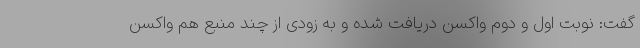
گفت: نوبت اول و دوم واکسن دریافت شده و به زودی از چند منبع هم واکسن